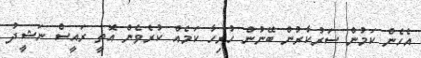
އެހެން ކަމުން ސަރުކާރުން ބޭނުން ހުރިހާ ކަމެއް ކުރެވެން އޮތީ ރައީސް ނަޝީދު